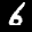
Label: 6